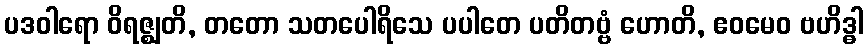
ပဒဝါရော ဝိရဇ္ဈတိ, တတော သတပေါရိသေ ပပါတေ ပတိတဗ္ဗံ ဟောတိ, ဧဝမေဝ ဗဟိဒ္ဓါ